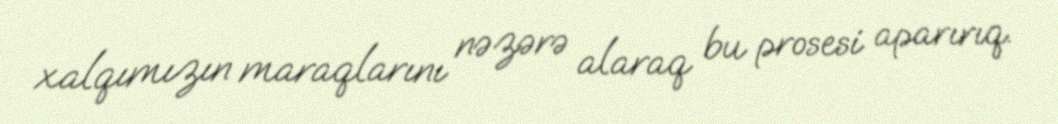
xalqımızın maraqlarını nəzərə alaraq bu prosesi aparırıq.